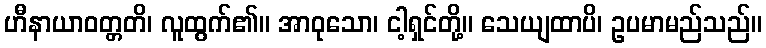
ဟီနာယာဝတ္တတိ၊ လူထွက်၏။ အာဝုသော၊ ငါ့ရှင်တို့။ သေယျထာပိ၊ ဥပမာမည်သည်။